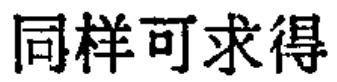
同样可求得